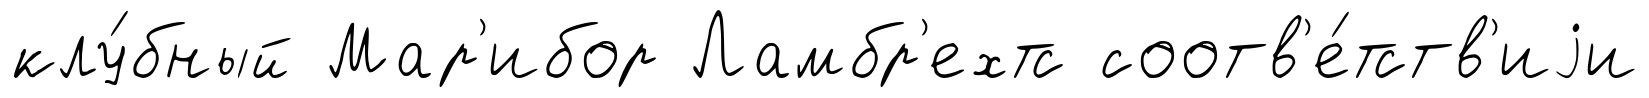
клу́бный Мар'ибор Ламбр'ехтс соотв'е́тств'иjи